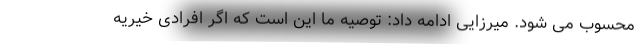
محسوب می شود. میرزایی ادامه داد: توصیه ما این است که اگر افرادی خیریه